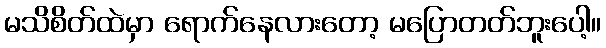
မသိစိတ်ထဲမှာ ရောက်နေလားတော့ မပြောတတ်ဘူးပေါ့။